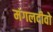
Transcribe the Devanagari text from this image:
मंगलदीवो